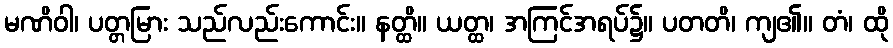
မဏိဝါ၊ ပတ္တမြား သည်လည်းကောင်း။ နတ္ထိ။ ယတ္ထ၊ အကြင်အရပ်၌။ ပတတိ၊ ကျ၏။ တံ၊ ထို